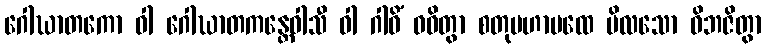
ဂေါဃာတကော ဝါ ဂေါဃာတကန္တေဝါသီ ဝါ ဂါဝိံ ဝဓိတွာ စတုမဟာပထေ ဗိလသော ဝိဘဇိတွာ